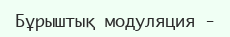
Бұрыштық модуляция -